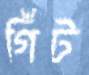
গিঁট